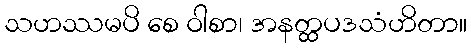
သဟဿမပိ စေ ဝါစာ၊ အနတ္ထပဒသံဟိတာ။